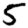
Digit: 5